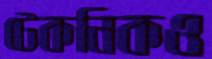
টেকনিকও